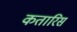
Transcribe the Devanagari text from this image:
कतारिस